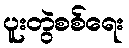
ပူးတွဲစစ်ရေး